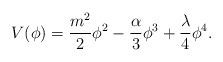
LaTeX: \begin{align*}V(\phi)=\frac{m^2}{2}\phi^2-\frac{\alpha}{3}\phi^3+\frac{\lambda}{4}\phi^4.\end{align*}